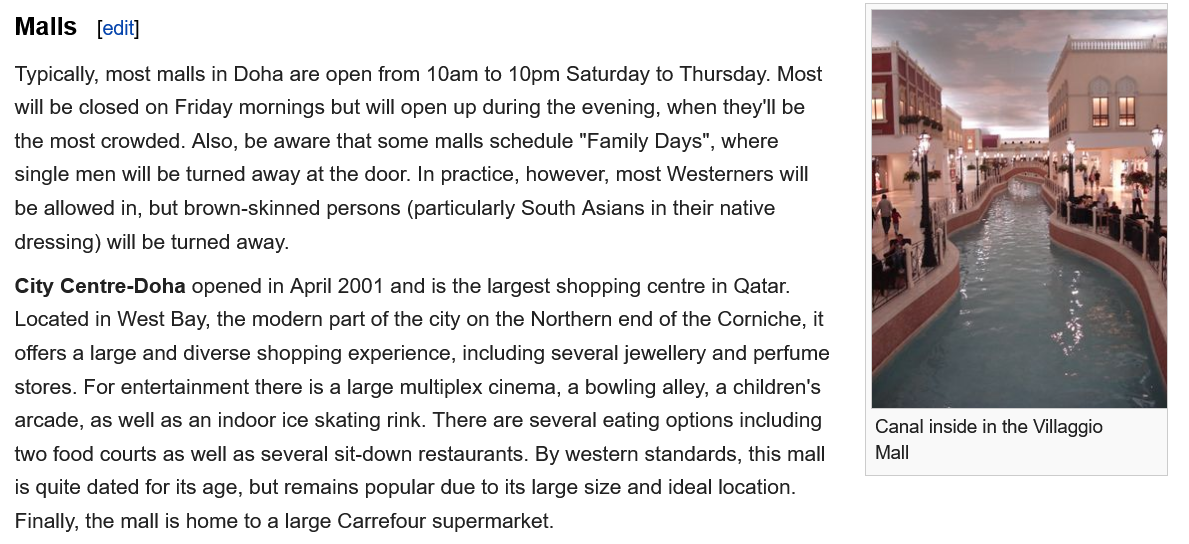
Canal inside in the Villaggio
     Mall
  Malls   [edit]
  Typically, most malls in Doha are open from 10am to 10pm Saturday to Thursday. Most
  will be closed on Friday mornings but will open up during the evening, when they'll be
  the most crowded. Also, be aware that some malls schedule "Family Days", where
  single men will be turned away at the door. In practice, however, most Westerners will
  be allowed in, but brown-skinned persons (particularly South Asians in their native
  dressing) will be turned away.
  City Centre-Doha opened in April 2001 and is the largest shopping centre in Qatar.
  Located in West Bay, the modern part of the city on the Northern end of the Corniche, it
  offers a large and diverse shopping experience, including several jewellery and perfume
  stores. For entertainment there is a large multiplex cinema, a bowling alley, a children's
  arcade, as well as an indoor ice skating rink. There are several eating options including
  two food courts as well as several sit-down restaurants. By western standards, this mall
  is quite dated for its age, but remains popular due to its large size and ideal location.
  Finally, the mall is home to a large Carrefour supermarket.